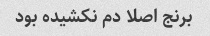
برنج اصلا دم نکشیده بود